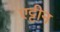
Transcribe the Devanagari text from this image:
एट्टीन